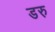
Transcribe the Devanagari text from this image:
डरु